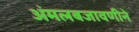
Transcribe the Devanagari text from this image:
अंमलबजावणीने